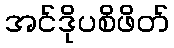
အင်ဒိုပစိဖိတ်